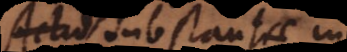
Actio substantiae in